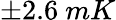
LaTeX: \pm 2.6\ mK